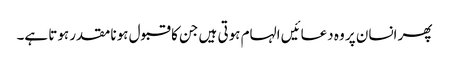
پھر انسان پر وہ دعائیں الہام ہوتی ہیں جن کا قبول ہونا مقدر ہوتا ہے۔